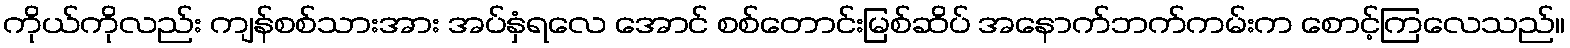
ကိုယ်ကိုလည်း ကျန်စစ်သားအား အပ်နှံရလေ အောင် စစ်တောင်းမြစ်ဆိပ် အနောက်ဘက်ကမ်းက စောင့်ကြလေသည်။